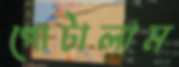
গোটালাম